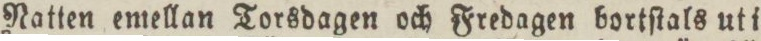
Natten emellan Torsdagen och Fredagen bortſtals uti